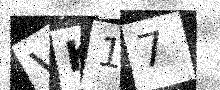
Text: VK17